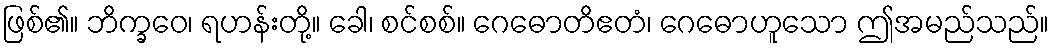
ဖြစ်၏။ ဘိက္ခဝေ၊ ရဟန်းတို့။ ခေါ၊ စင်စစ်။ ဂေဓောတိဧတံ၊ ဂေဓောဟူသော ဤအမည်သည်။